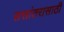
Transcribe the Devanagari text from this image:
सत्तांतरासाठी